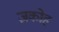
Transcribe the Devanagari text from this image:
ज़कोह